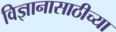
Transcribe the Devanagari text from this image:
विज्ञानासाठीच्या